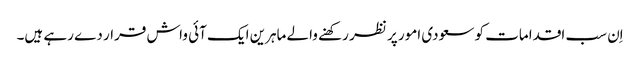
اِن سب اقدامات کو سعودی امور پر نظر رکھنے والے ماہرین ایک آئی واش قرار دے رہے ہیں۔